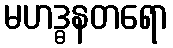
မဟဒ္ဓနတရော